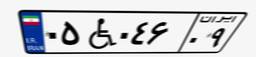
۰۵W۰۴۶۰۹